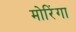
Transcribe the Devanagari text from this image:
मोरिंगा